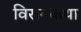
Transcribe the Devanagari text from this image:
विरागकथा